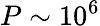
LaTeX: P\sim 10^{6}